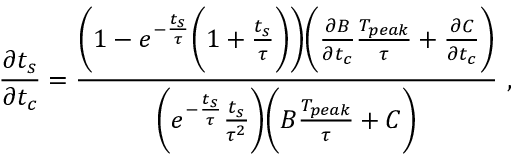
\frac { \partial t _ { s } } { \partial t _ { c } } = \frac { \Bigg ( 1 - e ^ { - \frac { t _ { s } } { \tau } } \Bigg ( 1 + \frac { t _ { s } } { \tau } \Bigg ) \Bigg ) \Bigg ( \frac { \partial B } { \partial t _ { c } } \frac { T _ { p e a k } } { \tau } + \frac { \partial C } { \partial t _ { c } } \Bigg ) } { \Bigg ( e ^ { - \frac { t _ { s } } { \tau } } \frac { t _ { s } } { \tau ^ { 2 } } \Bigg ) \Bigg ( B \frac { T _ { p e a k } } { \tau } + C \Bigg ) } ~ ,